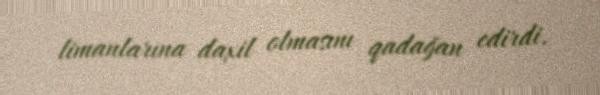
limanlarına daxil olmasını qadağan edirdi.